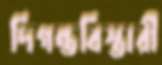
দিগন্তবিস্তারী